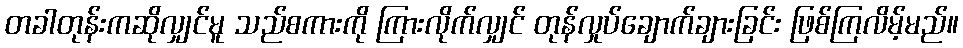
တခါတုန်းကဆိုလျှင်မူ သည်စကားကို ကြားလိုက်လျှင် တုန်လှုပ်ချောက်ချားခြင်း ဖြစ်ကြလိမ့်မည်။